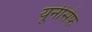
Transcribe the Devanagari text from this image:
यूनीसेफ़